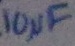
Text: 10µF